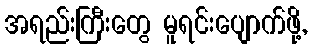
အရည်းကြီးတွေ မူရင်းပျောက်ဖို့,